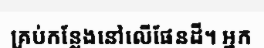
គ្រប់កន្លែងនៅលើផែនដី។ អ្នក